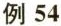
例54